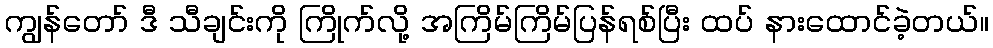
ကျွန်တော် ဒီ သီချင်းကို ကြိုက်လို့ အကြိမ်ကြိမ်ပြန်ရစ်ပြီး ထပ် နားထောင်ခဲ့တယ်။